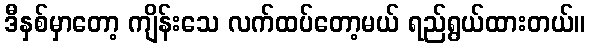
ဒီနှစ်မှာတော့ ကျိန်းသေ လက်ထပ်တော့မယ် ရည်ရွယ်ထားတယ်။